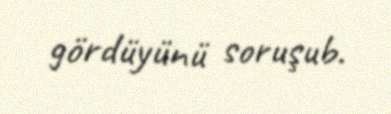
gördüyünü soruşub.